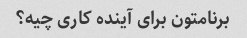
برنامتون برای آینده کاری چیه؟